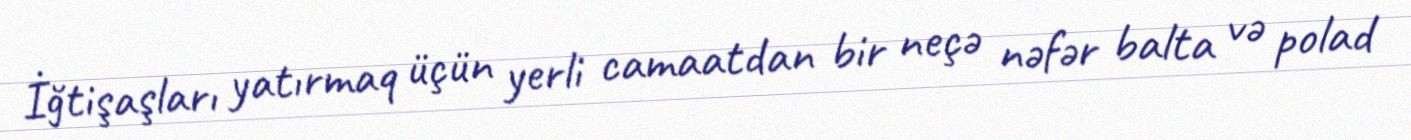
İğtişaşları yatırmaq üçün yerli camaatdan bir neçə nəfər balta və polad